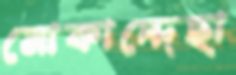
মোকাদ্দেছা